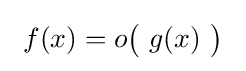
~f(x)=o{\bigl (}\ g(x)\ {\bigr )}~